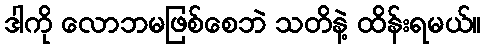
ဒါကို လောဘမဖြစ်စေဘဲ သတိနဲ့ ထိန်းရမယ်။